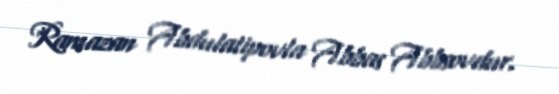
Ramazan Abdulatipovla Abbas Abbsovdur.